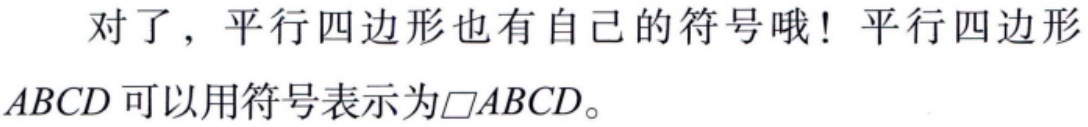
对了，平行四边形也有自己的符号哦！平行四边形

\(ABCD\)可以用符号表示为\(\square ABCD\)。